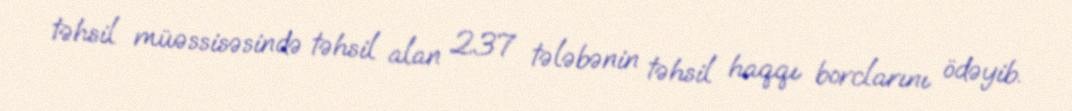
təhsil müəssisəsində təhsil alan 237 tələbənin təhsil haqqı borclarını ödəyib.